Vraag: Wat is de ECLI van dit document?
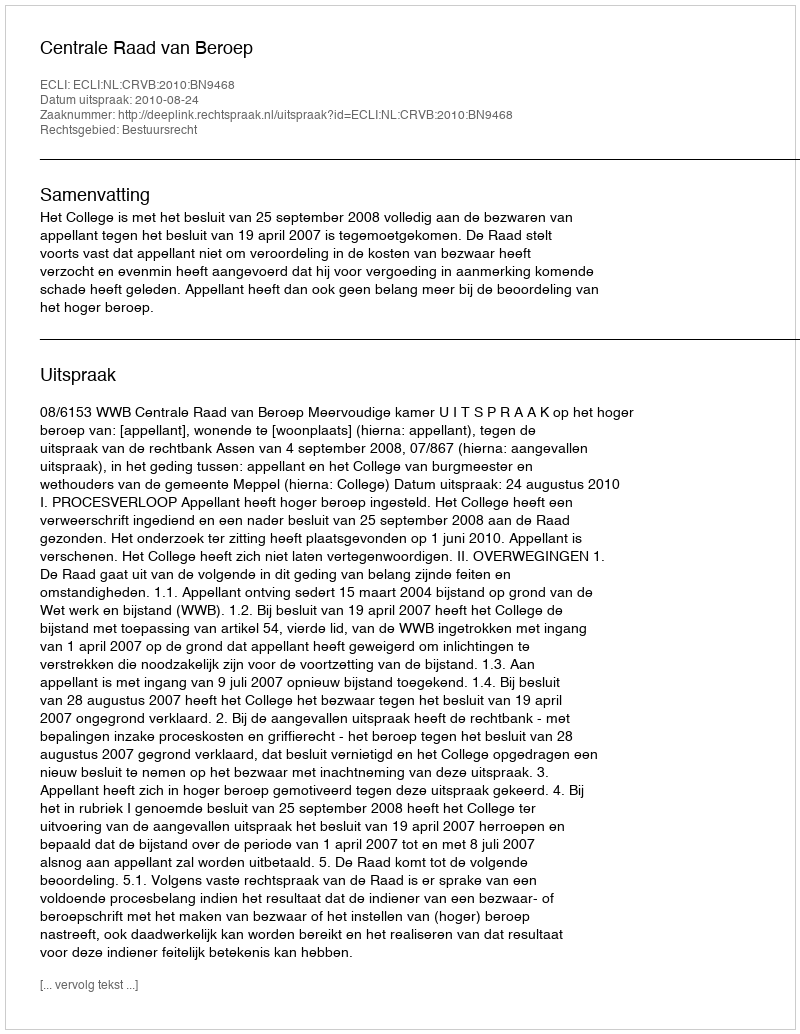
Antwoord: ECLI:NL:CRVB:2010:BN9468